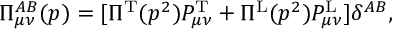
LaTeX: \Pi _ { \mu \nu } ^ { A B } ( p ) = [ \Pi ^ { \mathrm { T } } ( p ^ { 2 } ) P _ { \mu \nu } ^ { \mathrm { T } } + \Pi ^ { \mathrm { L } } ( p ^ { 2 } ) P _ { \mu \nu } ^ { \mathrm { L } } ] \delta ^ { A B } ,